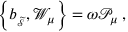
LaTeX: \left\{ b _ { _ { \widetilde { \mathcal { S } } } } , \mathcal { W } _ { \mu } \right\} = \omega \mathcal { P } _ { \mu } \; ,